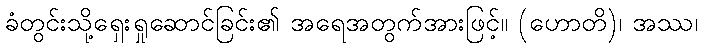
ခံတွင်းသို့ရှေးရှုဆောင်ခြင်း၏ အရေအတွက်အားဖြင့်။ (ဟောတိ)၊ အဿ၊